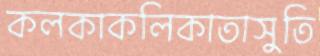
কলকাকলিকাতাসুতি